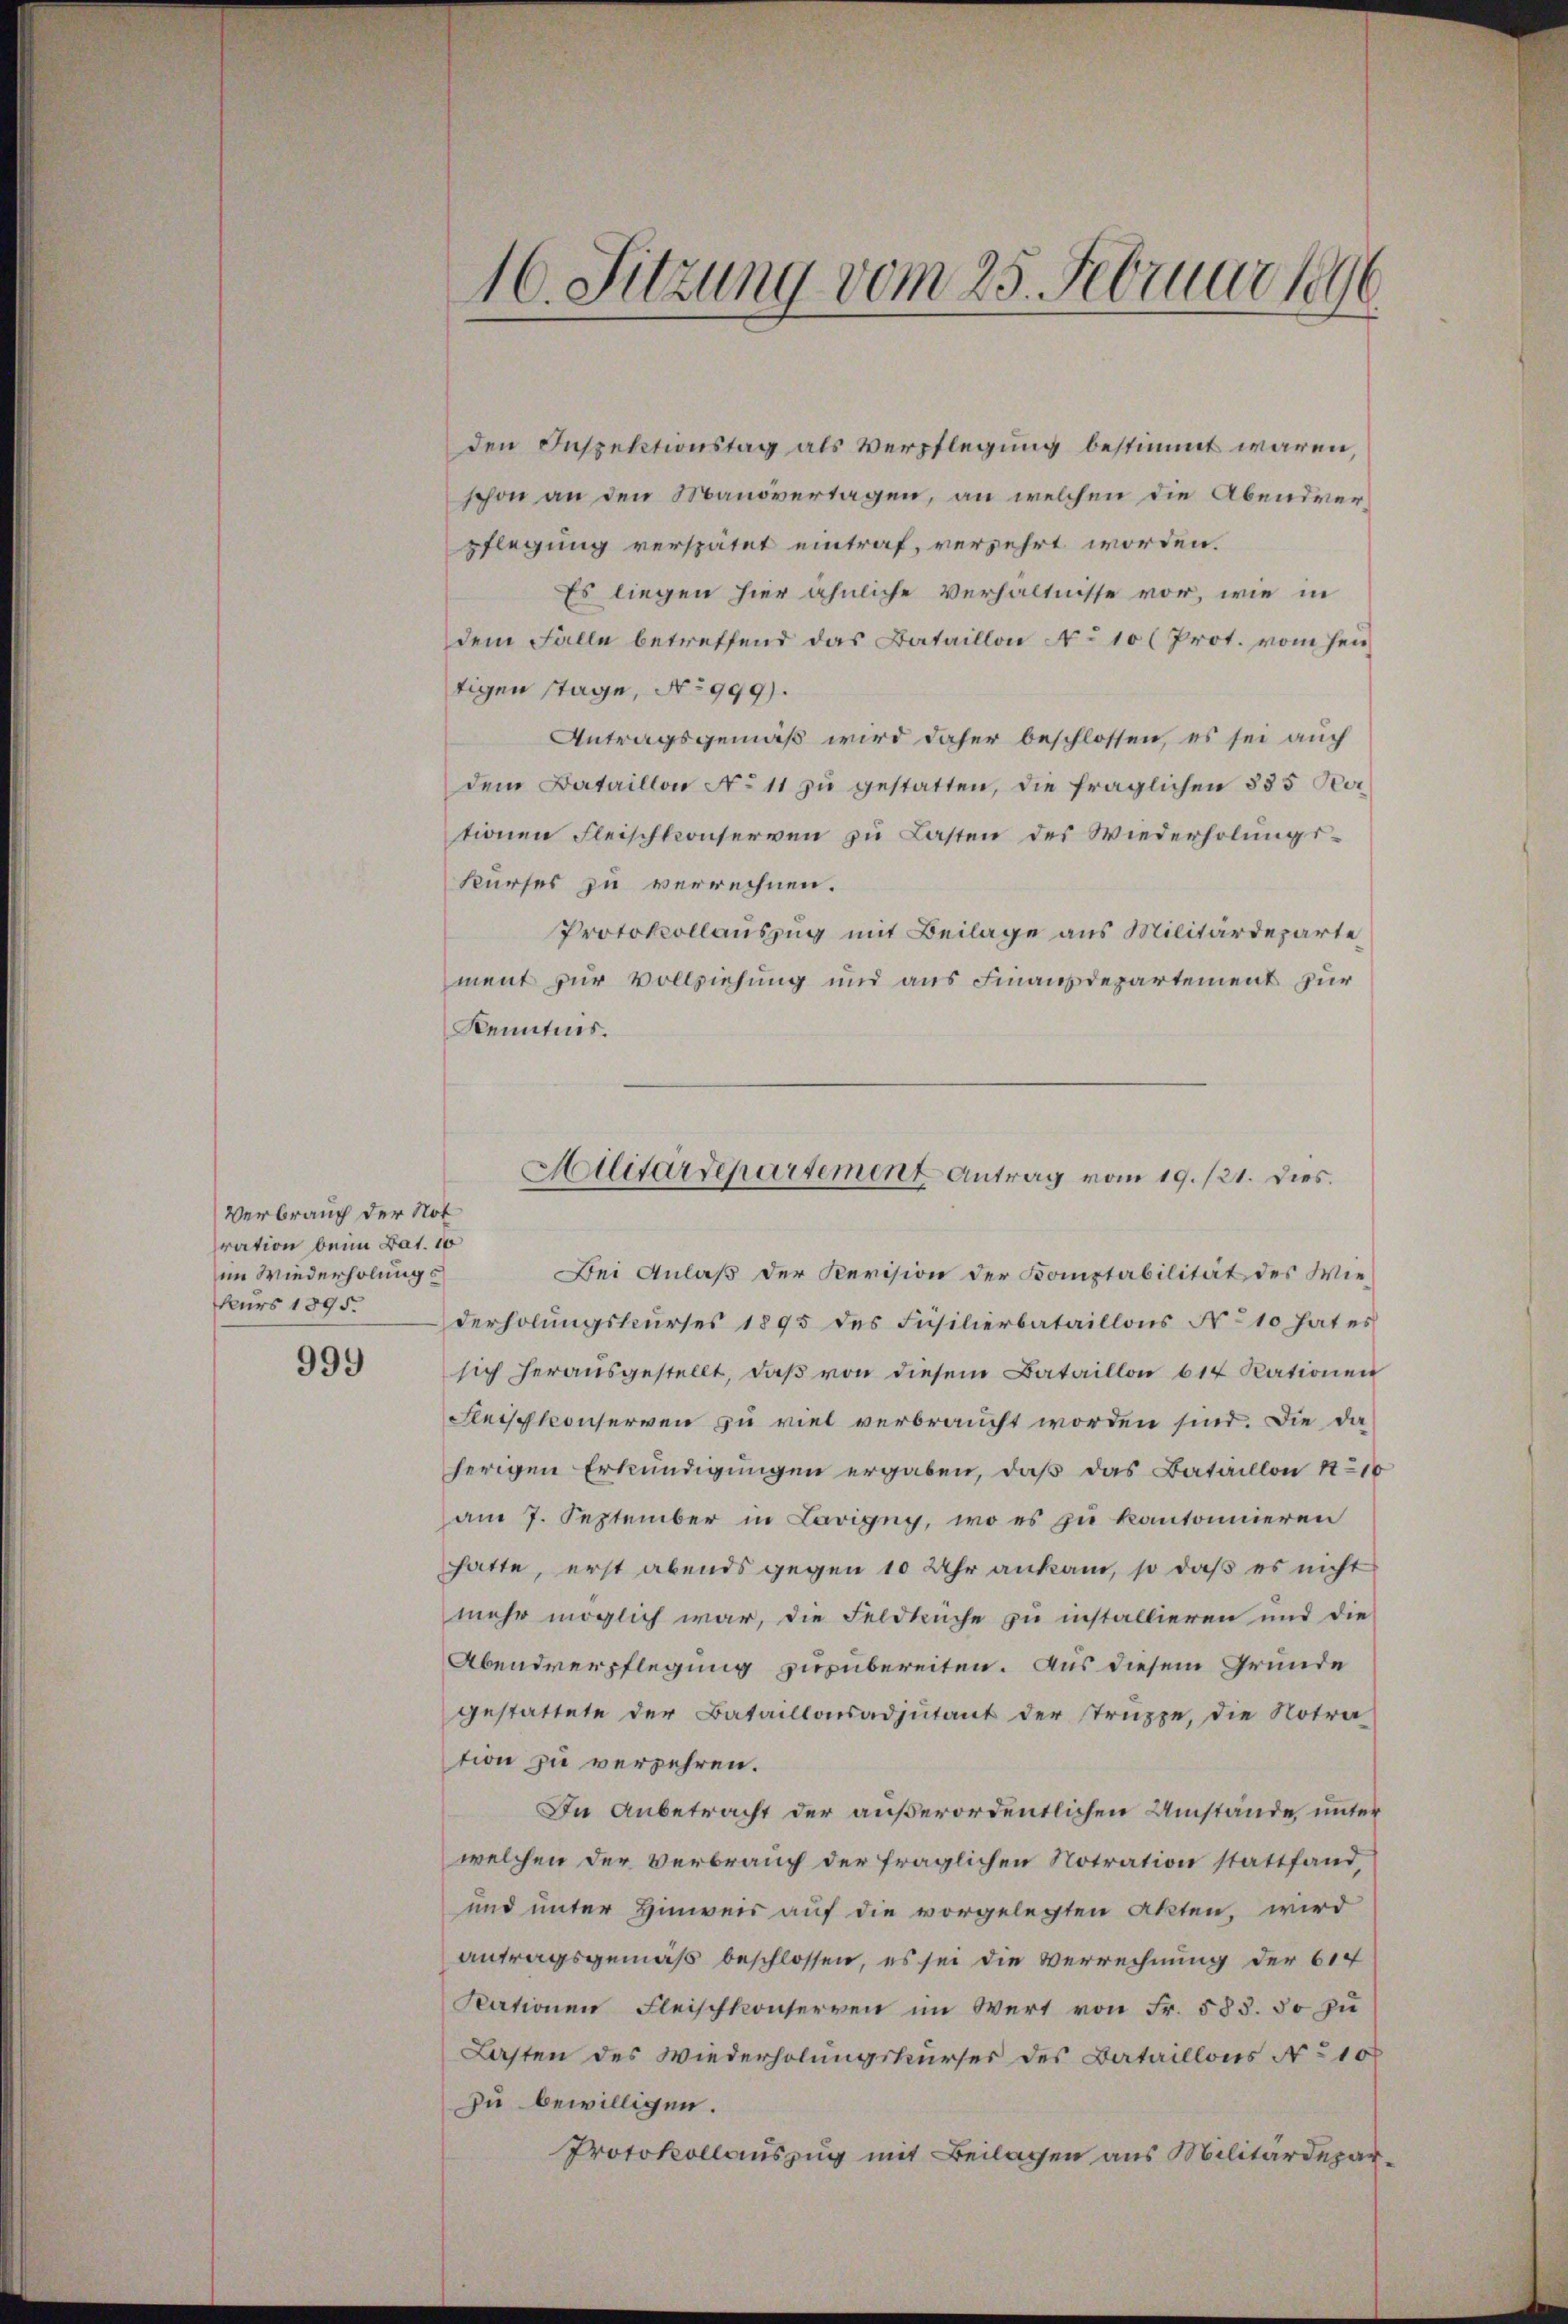
Verbrauch der Not
ration beim Bat. 10
im Wiederholungs
Nurs 1895.

999

den Inspektionstag als Verpflegung bestimmt waren,
schon an den Manövertagen, an welchen die Abendverpflegung verspätet eintraf, verzehrt worden.
Es liegen hier ähnliche Verhältnisse vor, wie in
dem Falle betreffend das Bataillon No 10 (Prot. vom Heitigen stage, No 999).
Antragsgemäß wird daher beschlossen, es sei auch
dem Bataillon No 11 zu gestatten, die fraglichen 385 Per
tionen Fleischkonserven zu Lasten des Wiederholungskurses zu verrechnen.
Protokollauszug mit Beilage aus Militärdeparte
ment zur Vollziehung und aus Finanzdepartement zur
Kenntnis.

16. Sitzung vom 25. Februar 1890

Bei Anlaß der Revision der Komptabilität des Wiederholŭngskŭrses 1895 des Füsilierbataillons No 10 hat es
sich heraŭsgestellt, daβ von diesem Bataillon 617 Rationen
Fleischkonserven zu viel verbraucht worden sind. Die da
herigen Erkundigungen ergaben, daß das Bataillon No 10
am 7. September in Lavigny, wo es zu kantonnieren
hatte, erst abends gegen 10 Uhr ankam, so daß es nicht
mehr möglich war, die Feldkuche zu installieren und die
Abendverpflegung zuzubereiten. Aus diesem Grunde
gestattete der Bataillonsadjutant der Truppe, die Notra
tion zu verzehren.
In Anbetracht der außerordentlichen Umstände unter
welchen der Verbrauch der fraglichen Notration stattfand,
und unter Hinweis auf die vorgelegten Akten, wird
antragsgemäß beschlossen, es sei die Verrechnung der 614
Nationen Fleischkonserven im Wert von Fr. 583. 50 zu
Lasten des Wiederholungskurser des Bataillons No 10
zu bewilligen.
Protokollauszug mit Beilagen aus Militärdepar¬

Militärdepartement Antrag vom 19./21. dies